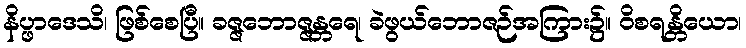
နိပ္ဖာဒေသိ၊ ဖြစ်စေပြီ။ ခဇ္ဇဘောဇ္ဇန္တရေ၊ ခဲဖွယ်ဘောဇဉ်အကြား၌။ ဝိစရန္တိယော၊